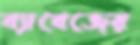
ব্যাবেজের